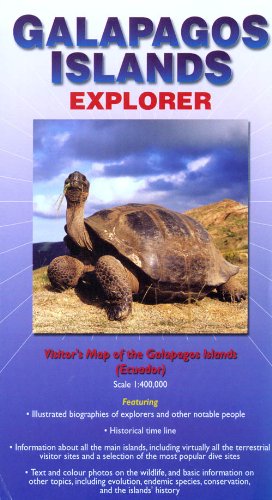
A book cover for Galapagos Islands : Explorer (Ocean Explorer Maps); Ocean Explorer Maps; Travel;